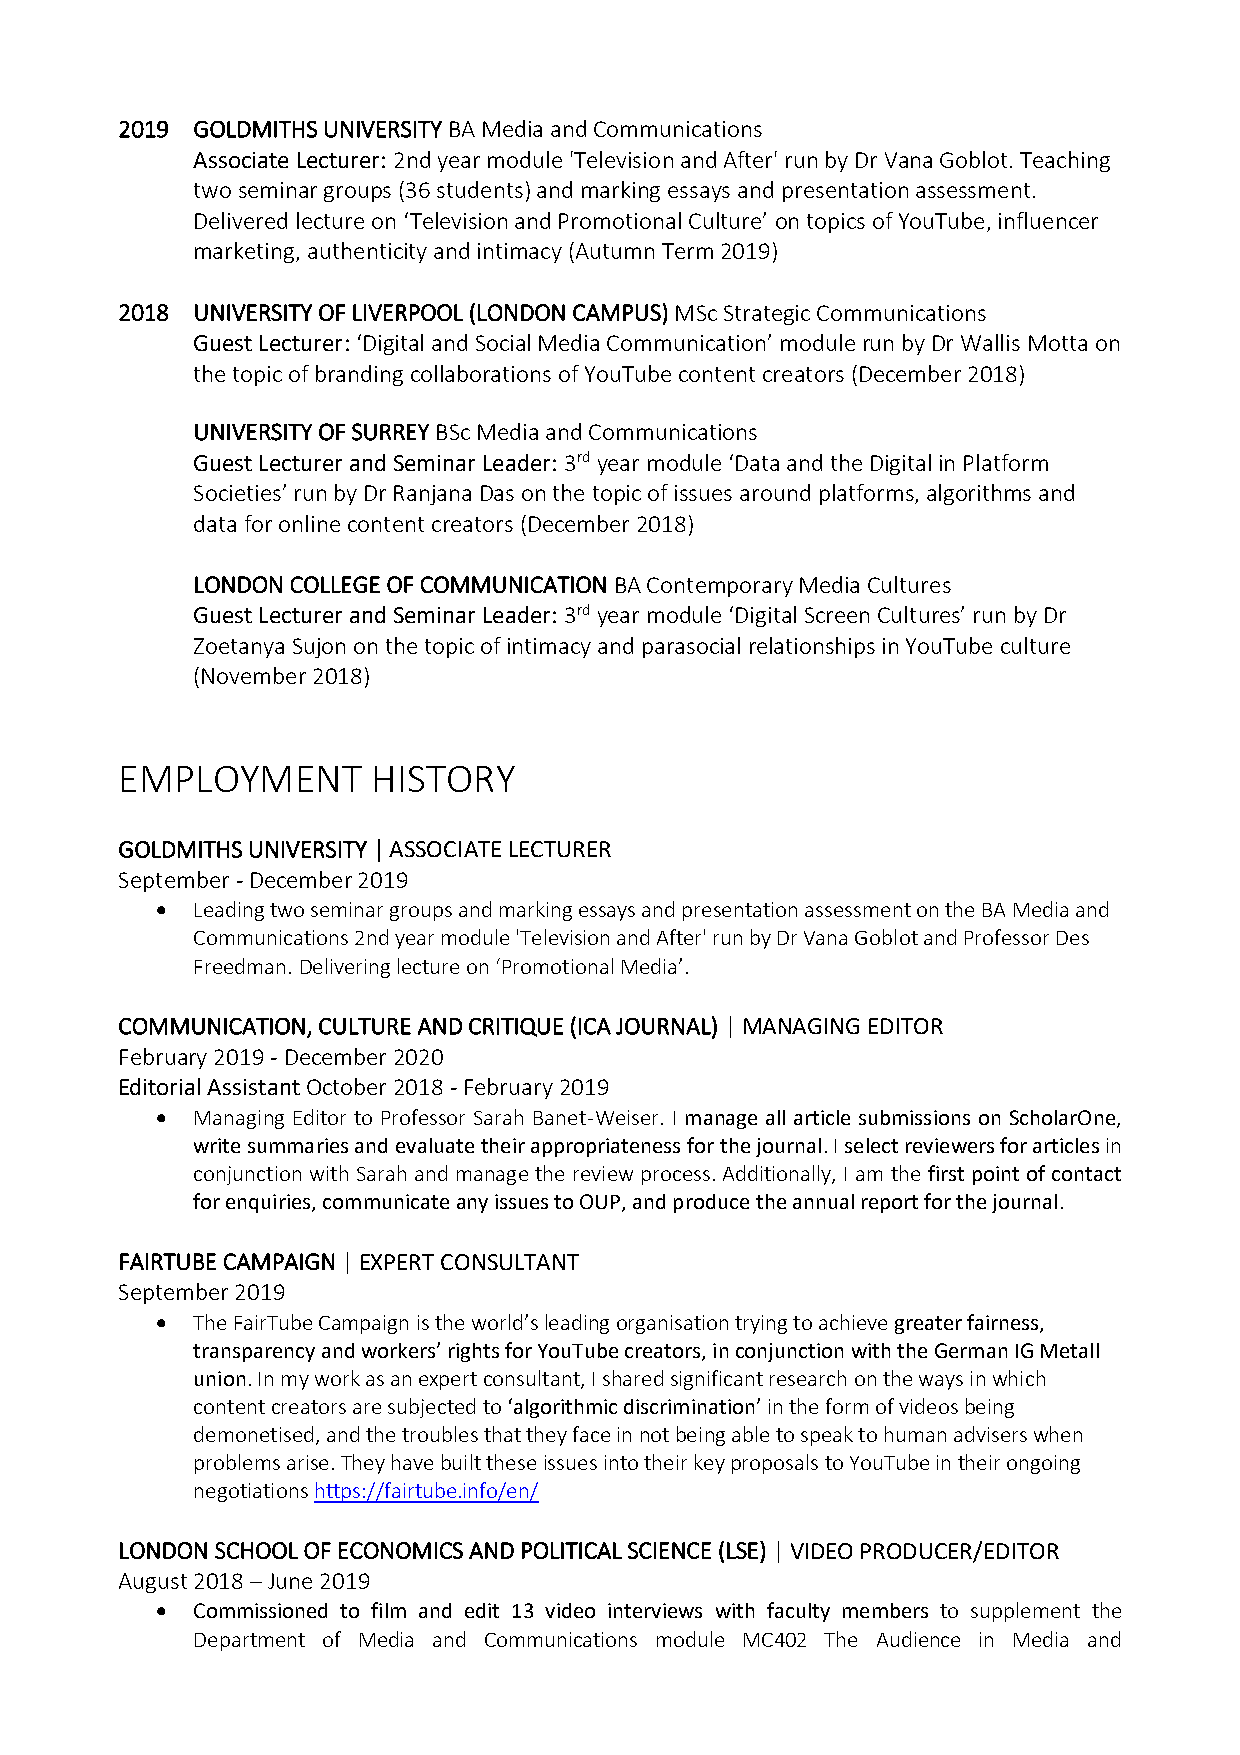
2019 GOLDMITHS UNIVERSITY BA Media and Communications
 Associate Lecturer: 2nd year module 'Television and After' run by Dr Vana Goblot. Teaching
 two seminar groups (36 students) and marking essays and presentation assessment.
 Delivered lecture on ‘Television and Promotional Culture’ on topics of YouTube, influencer
 marketing, authenticity and intimacy (Autumn Term 2019)
 2018 UNIVERSITY OF LIVERPOOL (LONDON CAMPUS) MSc Strategic Communications
 Guest Lecturer: ‘Digital and Social Media Communication’ module run by Dr Wallis Motta on
 the topic of branding collaborations of YouTube content creators (December 2018)
 UNIVERSITY OF SURREY BSc Media and Communications
 Guest Lecturer and Seminar Leader: 3rd year module ‘Data and the Digital in Platform
 Societies’ run by Dr Ranjana Das on the topic of issues around platforms, algorithms and
 data for online content creators (December 2018)
 LONDON COLLEGE OF COMMUNICATION BA Contemporary Media Cultures
 Guest Lecturer and Seminar Leader: 3rd year module ‘Digital Screen Cultures’ run by Dr
 Zoetanya Sujon on the topic of intimacy and parasocial relationships in YouTube culture
 (November 2018)
 EMPLOYMENT       HISTORY
 GOLDMITHS UNIVERSITY | ASSOCIATE LECTURER
 September - December 2019
 •  Leading two seminar groups and marking essays and presentation assessment on the BA Media and
 Communications 2nd year module 'Television and After' run by Dr Vana Goblot and Professor Des
 Freedman. Delivering lecture on ‘Promotional Media’.
 COMMUNICATION, CULTURE AND CRITIQUE (ICA JOURNAL) | MANAGING EDITOR
 February 2019 - December 2020
 Editorial Assistant October 2018 - February 2019
 •  Managing Editor to Professor Sarah Banet-Weiser. I manage all article submissions on ScholarOne,
 write summaries and evaluate their appropriateness for the journal. I select reviewers for articles in
 conjunction with Sarah and manage the review process. Additionally, I am the first point of contact
 for enquiries, communicate any issues to OUP, and produce the annual report for the journal.
 FAIRTUBE CAMPAIGN | EXPERT CONSULTANT
 September 2019
 •  The FairTube Campaign is the world’s leading organisation trying to achieve greater fairness,
 transparency and workers’ rights for YouTube creators, in conjunction with the German IG Metall
 union. In my work as an expert consultant, I shared significant research on the ways in which
 content creators are subjected to ‘algorithmic discrimination’ in the form of videos being
 demonetised, and the troubles that they face in not being able to speak to human advisers when
 problems arise. They have built these issues into their key proposals to YouTube in their ongoing
 negotiations https://fairtube.info/en/
 LONDON SCHOOL OF ECONOMICS AND POLITICAL SCIENCE (LSE) | VIDEO PRODUCER/EDITOR
 August 2018 – June 2019
 •  Commissioned to film and edit 13 video interviews with faculty members to supplement the
 Department of Media and Communications module MC402 The Audience in Media and